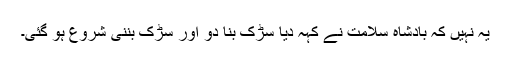
یہ نہیں کہ بادشاہ سلامت نے کہہ دیا سڑک بنا دو اور سڑک بننی شروع ہو گئی۔